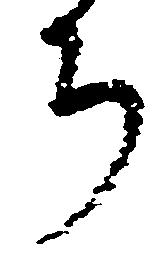
ち